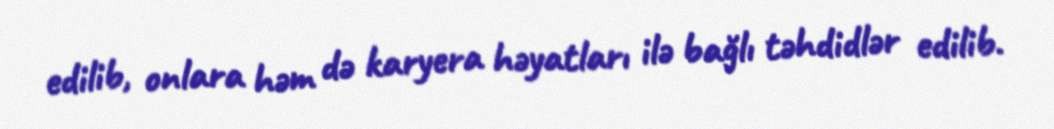
edilib, onlara həm də karyera həyatları ilə bağlı təhdidlər edilib.